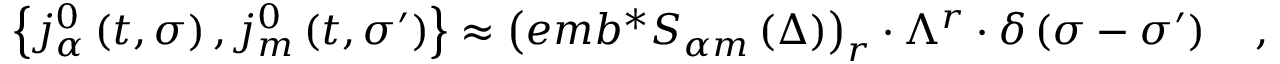
\left\{ j _ { \alpha } ^ { 0 } \left( t , \sigma \right) , j _ { m } ^ { 0 } \left( t , \sigma ^ { \prime } \right) \right\} \approx \left( e m b ^ { * } S _ { \alpha m } \left( \Delta \right) \right) _ { r } \cdot \Lambda ^ { r } \cdot \delta \left( \sigma - \sigma ^ { \prime } \right) \quad ,